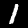
Digit: 1